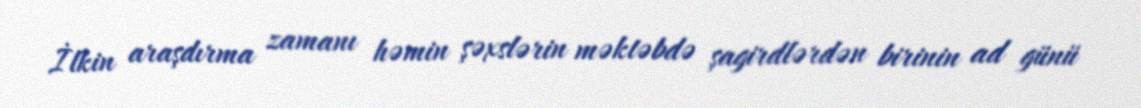
İlkin araşdırma zamanı həmin şəxslərin məktəbdə şagirdlərdən birinin ad günü